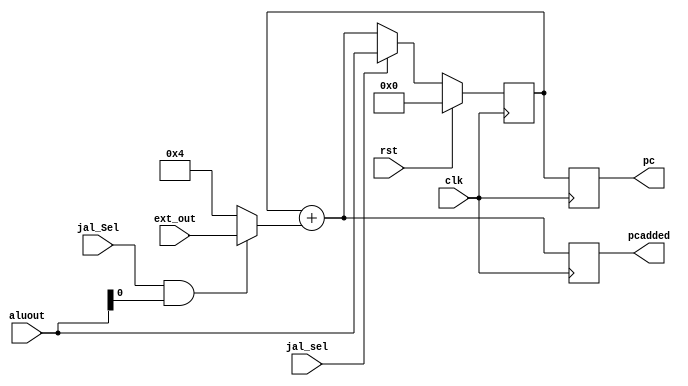
`timescale 1ns / 1ps
//////////////////////////////////////////////////////////////////////////////////
// Company: 
// Engineer: 
// 
// Design Name: 
// Module Name:    Modulo1 
// Project Name: 
// Target Devices: 
// Tool versions: 
// Description: 
//
// Dependencies: 
//
// Revision: 
// Revision 0.01 - File Created
// Additional Comments: 
//
//////////////////////////////////////////////////////////////////////////////////
module Modulo1 #(parameter ROM_WIDTH= 8 , ROM_ADDR_BITS= 11)(

input clk,
input rst,

input [11:0] aluout,
input [11:0] ext_out,
input jal_sel,
input jal_Sel,

output reg[11:0] pcadded,
output reg[11:0] pc


);
    
	 /*Entonces vamos a tener como entrdas de este mdulo
	 aluout (puede cambiar por una de igual cantidad de bits pero reacomodada): 32b
	 ext/out (puede ser que cambie): 32b
	 clk (est siempre se quedar, seal de reloj): 1b
	 j_sel (seal de control): 1b
	 jal_Sel (seal control) 1b
	 
	 aluoutbit0: es aluout[0] 
	 */
	 
	 /*Como salidas estarn
	 output reg[11:0] pcadded, que va hacia un mux que decide escritura en registro
	 output reg[11:0] pc, que correspondera al address del banco de instrucciones
	 */
	 
	 reg [11:0] pcout;
	 reg [11:0] pcin;
	 
	 reg [11:0] pcaddedpc;
	 reg [11:0] oper_pc;
	 reg alubit0;
	 
	
	 //Este mux se encargar de seleccionar 4 (para PC+4) o lo que venga del ext/out (resulta imm acomodado) 
	 always@* begin
	 alubit0 = aluout[0];
	 if (jal_Sel&&alubit0) 
	 oper_pc = ext_out;
	 else
	 oper_pc = 4;
	 end
	 
	 	 //Previo a PC se deber colocar un sumador que realice la operacin con PC y el resultado de un mux
	 always@* begin
	 pcaddedpc = pcout+oper_pc;
	 end
	 //Este mux se encargar de seleccionar si la info viene directamente de ALU o de PC+(imm o 4)
	 always@* begin
	 if (jal_sel==0) 
	 pcin= pcaddedpc;
	 else
	 pcin= aluout;
	 end
	 
	 
	 //Primero debo realizar el registro PC, que se encargar de brindar
	 //la direccin de memoria de la siguiente instruccin por realizar
	 always@(posedge clk)begin
	 if (rst==1)
	 pcout=0;
	 else
	 pcout=pcin;
	 end
	 
	 always@(posedge clk)begin
	 pc=pcout;
	 pcadded=pcaddedpc;
	 end
	  
	 //salidas

endmodule